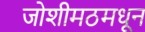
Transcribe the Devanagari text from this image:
जोशीमठमधून